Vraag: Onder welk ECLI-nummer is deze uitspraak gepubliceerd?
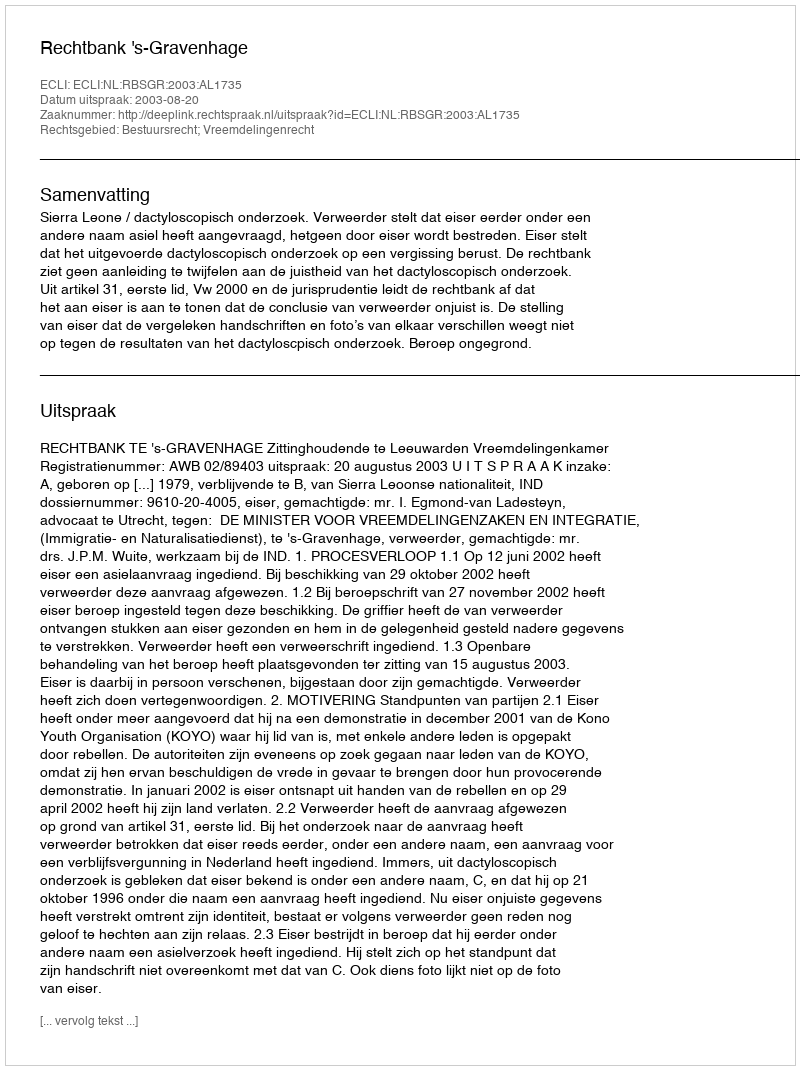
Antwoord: ECLI:NL:RBSGR:2003:AL1735